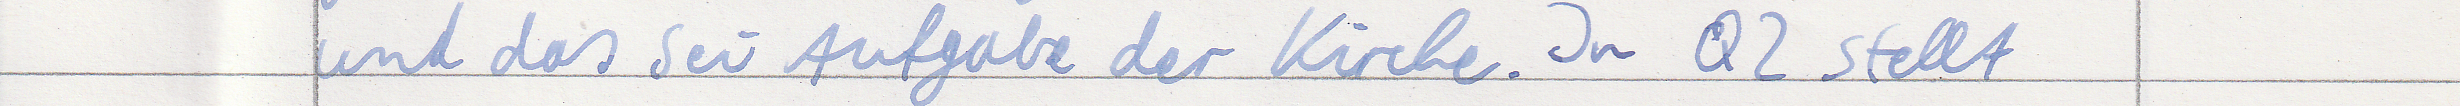
und das sei Aufgabe der Kirche. In Q2 stellt